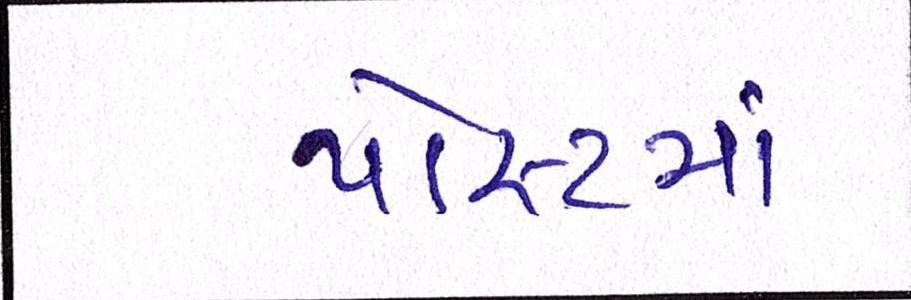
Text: પોસ્ટમાં